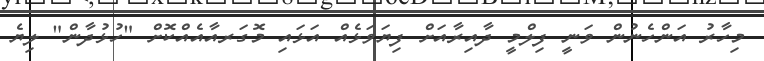
މިހާރު އަންހެނުން ވަނީ ފިލްމީ ދާއިރާއަށް ފިޔަވަޅެއް އަޅައި މޮގަރއާއެއްކޮށް "ހުޅުދާން" ލިޔެ